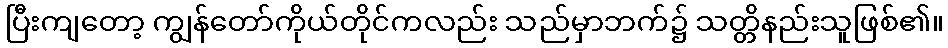
ပြီးကျတော့ ကျွန်တော်ကိုယ်တိုင်ကလည်း သည်မှာဘက်၌ သတ္တိနည်းသူဖြစ်၏။